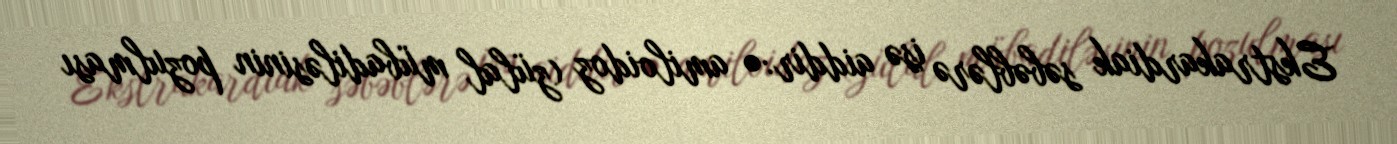
Ekstrakardiak səbəblərə isə aiddir:• amiloidoz (zülal mübadiləsinin pozulması